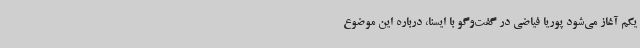
یکم آغاز می‌شود پوریا فیاضی در گفت‌وگو با ایسنا، درباره این موضوع